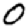
Digit: 0